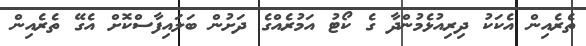
ތެރެއިން އެކަކު ދިރިއުޅެމުންދާ ގެ ކޯޓު އަމުރެއްގެ ދަށުން ބަލައިފާސްކޮށް އެގޭ ތެރެއިން